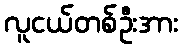
လူငယ်တစ်ဦးအား